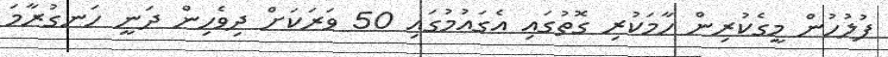
ފުލުހުން މީގެކުރިން ހާމަކުރި ގޮތުގައި އެގައުމުގައި 50 ވަރަކަށް ދިވެހިން ދަނީ ހަނގުރާމަ